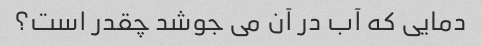
دمایی که آب در آن می جوشد چقدر است؟